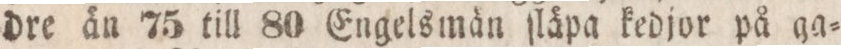
dre än 75 till 80 Engelsmän ſläpa kedjor på ga=